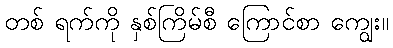
တစ် ရက်ကို နှစ်ကြိမ်စီ ကြောင်စာ ကျွေး။